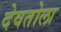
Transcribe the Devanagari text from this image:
देवतोला